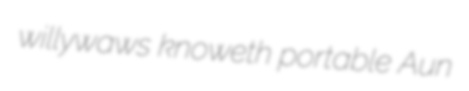
willywaws knoweth portable Aun